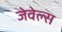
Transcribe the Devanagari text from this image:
जेवेल्स